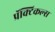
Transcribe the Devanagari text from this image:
प्रॅक्टिकल्स